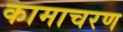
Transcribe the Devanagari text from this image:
कामाचरण